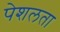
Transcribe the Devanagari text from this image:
पेशलता